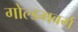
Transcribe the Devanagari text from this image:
गोल्डमबर्ग